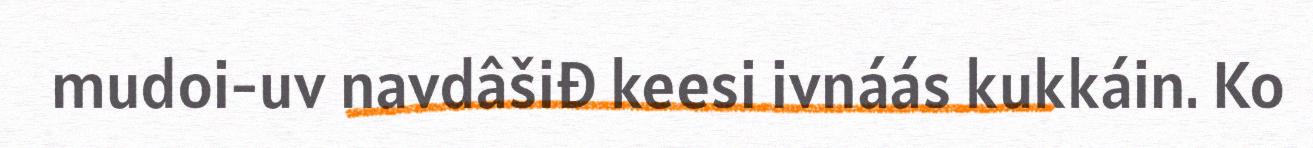
mudoi-uv navdâšiđ keesi ivnáás kukkáin. Ko